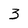
Character: 3